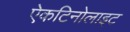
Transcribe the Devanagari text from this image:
ऐकटिनोलाइट